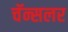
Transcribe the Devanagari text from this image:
चॅन्सलर